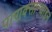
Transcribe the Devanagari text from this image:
पाराक्सान्थाइन